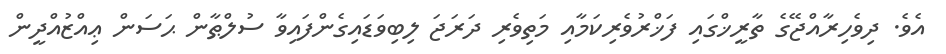
އެވެ. ދިވެހިރާއްޖޭގެ ތާރީޚްގައި ފަޚްރުވެރިކަމާއި މަތިވެރި ދަރަޖަ ލިބިވަޑައިގެންފައިވާ ސުލްޠާން ޙަސަން ޢިއްޒުއްދީން